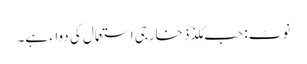
نوٹ : حبِّ مُلذِّذ خارجی استعمال کی دواء ہے۔